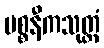
ပစ္စနီကသုတ္တံ